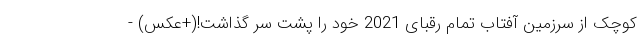
کوچک از سرزمین آفتاب تمام رقبای 2021 خود را پشت سر گذاشت!(+عکس) -